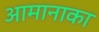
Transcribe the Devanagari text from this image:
आमानाका